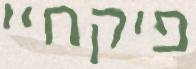
פיקחיי